Newspaper: Vermont watchman and State journal. [volume]
Place of publication: Montpelier, Vt.
Publisher: E.P. Walton & Son
Date: 1865-05-19 00:00:00
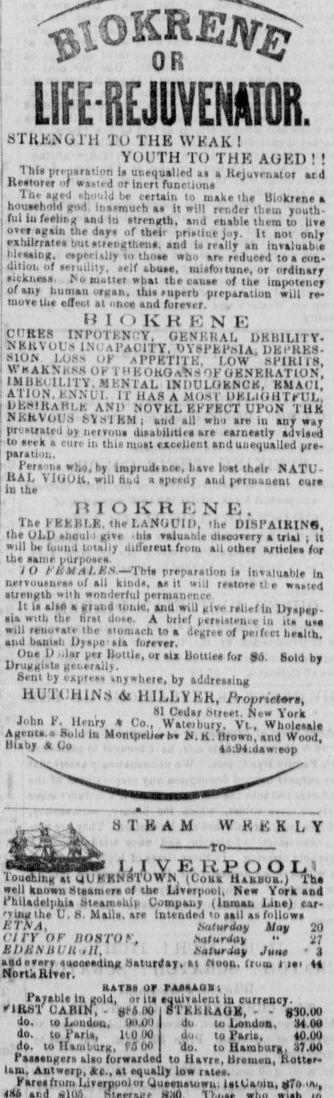
Advertisement text (OCR):
OR iEJUVENffOR. 3TRKNGTH TO THE WHAKI YOUTH TO THK AOED I ! Thla preparatlon launequalledaa a lleluvenator acd Iteitorer of waatid or Inen funetiuna The aged hoi,ll be ceruln to make ihe Blokrene a houaehold god Inaaraueh aa lt wlll render them youth fullufeelirig andln atrength, and enahle them to Ura over again the daya of their prinluejoy. It not only hllrrateabutatiengthena. and la really an Invaluabie blraalng. eapetiidly to thoie who are reduced to a con dition of leruility, aelf abuie, mlifoitune, or ordlnary iiekneaa. o matler what tbe cauae of the Impotency ofany human organ, thia auperh preparatlon wlll re move the ellecl al onco and forever. . H I ( ) K K K N E .u.Vw ' "nni-iiAl, UKHli.ll v- ?,?,1iV0.LS -NAI'ACITY. t)Y8Ffcl'IA, DEI'KES ?,l.OI?l..LOSS uK APPETITE, LOW HFIKII8, )l.l;,AJKJ'.'iSS 0K T "K OHO ANS OF OENEHATION l.H!,li(;ILITY MI!NrAL INDULOKMCB, EMAOl, AUON, ENNU1. IT HAS A MOST DKI.IOHTFUL Hi;?1.I,'A,U'K ANI) NOVEL EFFECT Ul'ON TllB NKKVOUS SYHlKMi and all who aro in any way proitrated by nerroua diaabllitlea are earneatly adrlaed to arrk a cure iu thla moat eacetlcnt andunequalled pre paratlon. Feranna wbo, by Imprudincc, have loat tbelr NATU IIAL VIOOU, wlll Hi,d a apeedy and perinaaent cute In the niOKRENE, The FBEBLE. the LANOUII), the DISPAIKINO, tbe OLD ahoutl give hia valuabie duoovery a trlal i lt will be fijund toially dilfeieut from all other artlclea for tbe aame ptlrpoara. 10 PliUALES.'toU preparalion la Invaluabie ln nervoumree of all kindi, aa lt will reatore tie waated atiengtb wiih wonderful permanence lt la alio a grand tonlo, and wlll give rellef ln Dyapep alawitbthe hrat doie. A brlef ptrilatrn.e In ita uaa wlll renotate tbe atomach lo a degree of peifict health, aud baniah Dyape'ala forever. One D -,lar per Bottla, or ali Boitlea for 84. Sold bv Drugglila gei.erally. ' Sent by eipreaa nyheie, by addreailng IIUTOHINS Ai HILLYER, rropHetor,, . al Cedar blreet. New York John F. Ilenry t Co., Waleibury, Vt.. Wholeiala t.f '?"-'SM la MontpelUb. N.K. Urown, and Wood, UUbl Co ta.9idaw:eon llTMlBfT.I ' IIVBBPOOLI roucning at uuKKnBiuwn voui iuuooa.) iha well known 8taameraof the Llverpool, New York and blearaahip uompaiiy (Inroau JJna) car- rvmg the U. 8. Maila, are Intended to aall aa followa Haturday ilay cirv of nosros. .Mruraoy " il HaturJav June ' 3 jiuanuuHtit, aad every auocradlng 8aturdav, ai floqp,, from i lei H M-ivt. Rl... ' batii or raaiAaai Payable In gold, orlti equlvalentin currency. flRSr OABIN, - tffJOO 8TKEHAOK, - - 830.00 do, toLondon, OOXK) du to Londoa, 34.00 do. to Peru, 110 00 du. to l'arla, 40.00 do. tollamburg, f4M 'do. lo Uamburt, 37.00 Faaaangera alao forwarded to llavre, Uramen, ttatter- lam, Antwerp, c, at equally low ratea. Farcafiom Urerpoolor Queenaiowu, lalUaoln, 7o fo, v BTEAM W F,"k K L Y
Label: illustrations